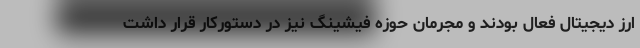
ارز دیجیتال فعال بودند و مجرمان حوزه فیشینگ نیز در دستورکار قرار داشت